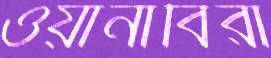
ওয়ার্নাবিরা